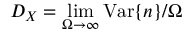
D _ { X } = \operatorname* { l i m } _ { \Omega \to \infty } \mathrm { V a r } \{ n \} / \Omega